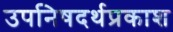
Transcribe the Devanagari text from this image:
उपनिषदर्थप्रकाश